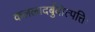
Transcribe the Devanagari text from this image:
कललादर्बुदोत्पत्तिः